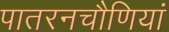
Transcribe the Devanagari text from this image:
पातरनचौणियां